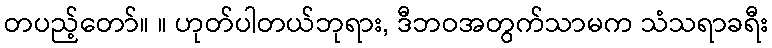
တပည့်တော်။ ။ ဟုတ်ပါတယ်ဘုရား, ဒီဘဝအတွက်သာမက သံသရာခရီး